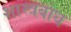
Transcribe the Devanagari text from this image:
शास्त्रबोध